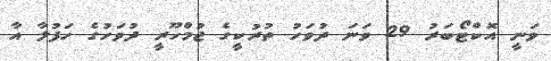
ވަނީ އޮކްޓޯބަރު 29 ވަނަ ދުވަހު ތުރުކީގެ ޖުމްހޫރީ ދުވަހުގެ ހަފުލާ އާ